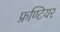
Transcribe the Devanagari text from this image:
फ्रण्टियर